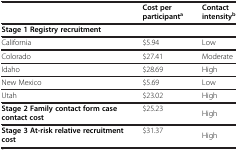
<table><thead><tr><td><b> </b></td><td><b>Cost per participant<sup>a</sup></b></td><td><b>Contact intensity<sup>b</sup></b></td></tr></thead><tbody><tr><td><b>Stage 1 Registry recruitment</b></td><td> </td><td> </td></tr><tr><td>California</td><td>$5.94</td><td>Low</td></tr><tr><td>Colorado</td><td>$27.41</td><td>Moderate</td></tr><tr><td>Idaho</td><td>$28.69</td><td>High</td></tr><tr><td>New Mexico</td><td>$5.69</td><td>Low</td></tr><tr><td>Utah</td><td>$23.02</td><td>High</td></tr><tr><td><b>Stage 2 Family contact form case contact cost</b></td><td>$25.23</td><td>High</td></tr><tr><td><b>Stage 3 At-risk relative recruitment cost</b></td><td>$31.37</td><td>High</td></tr></tbody></table>